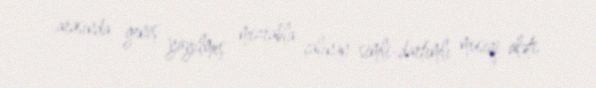
arasında geniş yayılmış mizrabla çalınan simli-dartımlı musiqi aləti.